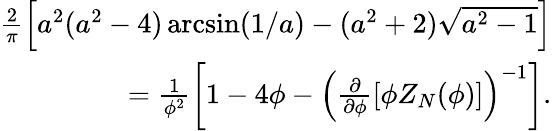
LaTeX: \begin{array}{r}{\frac{2}{\pi}\left[a^{2}(a^{2}-4)\arcsin(1/a)-(a^{2}+2)\sqrt{a^{2}-1}\right]}\\ {=\frac{1}{\phi^{2}}\left[1-4\phi-\left(\frac{\partial}{\partial\phi}[\phi Z_{N}(\phi)]\right)^{-1}\right].}\end{array}